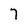
Character: 7